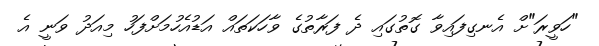
"ހަވީރަ"ށް އެނގިފައިވާ ގޮތުގައި ދެ ފަރާތުގެ ވާހަކަތައް އަޑުއެހުމަށްފަހު މިއަދު ވަނީ އެ